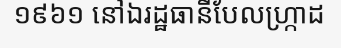
១៩៦១ នៅឯរដ្ឋធានីបែលហ្ក្រាដ